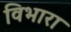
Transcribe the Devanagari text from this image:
विभारा